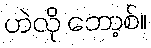
ဟဲလို ဘော့စ်။